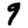
Digit: 9